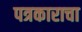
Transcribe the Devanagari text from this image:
पत्रकाराचा